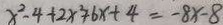
x ^ { 2 } - 4 + 2 x ^ { 2 } + 6 x + 4 = - 8 x - 8